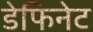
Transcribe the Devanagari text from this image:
डेफिनेट